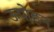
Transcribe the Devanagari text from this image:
ऊपोहन